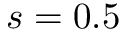
s = 0 . 5